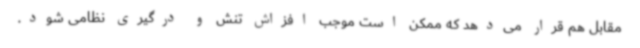
مقابل هم قرار می‌دهد که ممکن است موجب افزاش تنش و درگیری نظامی شود.